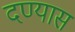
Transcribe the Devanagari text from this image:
दण्यास